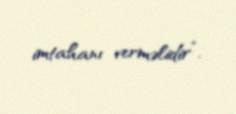
imtahanı verməlidir”.